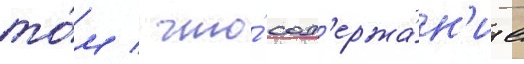
то́м / что́ сод'ержа́н'ие